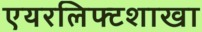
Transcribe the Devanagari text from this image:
एयरलिफ्टशाखा